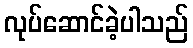
လုပ်ဆောင်ခဲ့ပါသည်